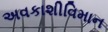
અવકાશીવિમાન